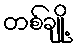
တစ်ချို့